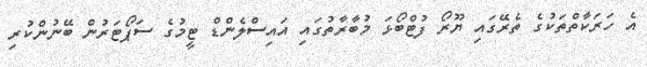
އެ ހަރަކާތްތަކުގެ ތެރޭގައި ޔޫރޯ ފުޓްބޯޅަ މުބާރާތުގައި އައިސްލެންޑް ޓީމުގެ ސަޕޯޓަރުން ބޭނުންކުރި